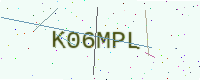
Text: K06MPL